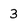
Character: 3